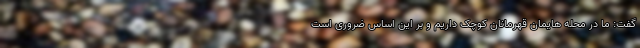
گفت: ما در محله هایمان قهرمانان کوچک داریم و بر این اساس ضروری است